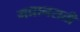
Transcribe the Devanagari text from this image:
मद्यानराती